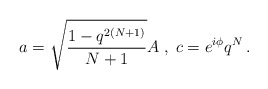
\begin{align*}a=\sqrt {\frac {1-q^{2(N+1)} } {N+1} }A \; , \; c=e^{i \phi}q^{N}\,.\end{align*}